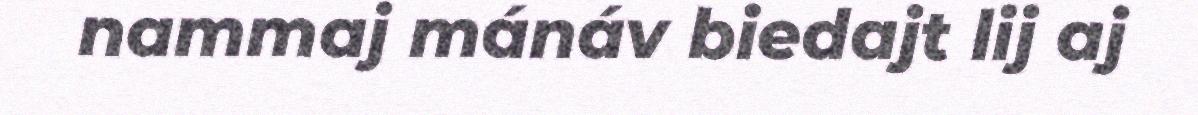
nammaj mánáv biedajt lij aj